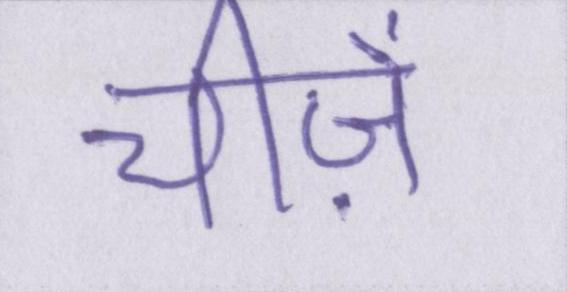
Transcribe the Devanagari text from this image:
चीज़ें